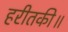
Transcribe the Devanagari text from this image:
हरीतकी॥